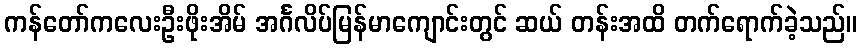
ကန်တော်ကလေးဦးဖိုးအိမ် အင်္ဂလိပ်မြန်မာကျောင်းတွင် ဆယ် တန်းအထိ တက်ရောက်ခဲ့သည်။